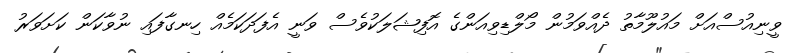
ވީނިއުސްއަށް މައުލޫމާތު ދެއްވަމުން މޯލްޑިވިއަންގެ އޮފިޝަލަކުވެސް ވަނީ އެފަދަކަމެއް ހިނގާފައި ނުވާކަން ކަށަވަރު